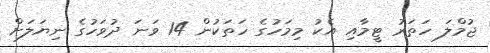
ޖުމްލަ ހަތަރު ޓީމާއި އެކު މިމަހުގެ ހަތަކުން 14 ވަނަ ދުވަހުގެ ނިޔަލަށް